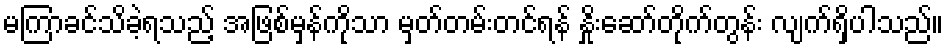
မကြာခင်သိခဲ့ရသည့် အဖြစ်မှန်ကိုသာ မှတ်တမ်းတင်ရန် နှိုးဆော်တိုက်တွန်း လျက်ရှိပါသည်။